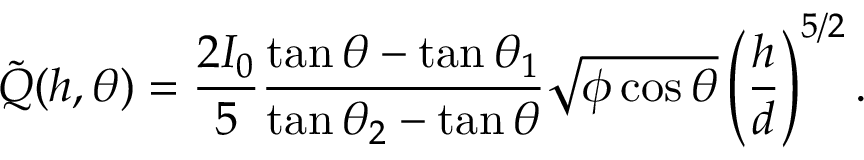
\tilde { Q } ( h , \theta ) = \frac { 2 I _ { 0 } } { 5 } \frac { \tan \theta - \tan \theta _ { 1 } } { \tan \theta _ { 2 } - \tan \theta } \sqrt { \phi \cos \theta } \left( \frac { h } { d } \right) ^ { 5 / 2 } .